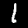
Label: 1